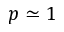
p \simeq 1